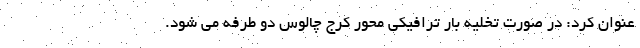
عنوان کرد: در صورت تخلیه بار ترافیکی محور کرج چالوس دو طرفه می شود.